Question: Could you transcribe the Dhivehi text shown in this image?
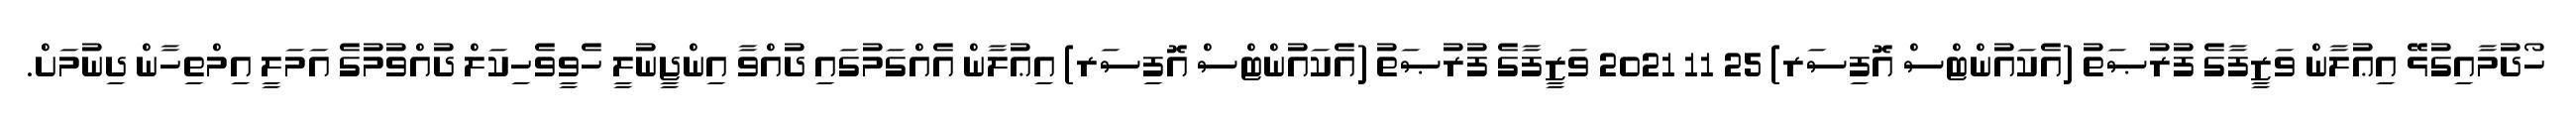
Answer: ހޯދުމާއިގުޅޭ އިޢުލާން ވަޒީފާގެ ފުރުޞަތު (އެކައުންޓްސް އޮފިސަރ) 25 11 2021 ވަޒީފާގެ ފުރުޞަތު (އެކައުންޓްސް އޮފިސަރ) އިޢުލާން އެއްގަމުގައި ދުއްވާ އިންޖީނުލީ ހެވީވެހިކަލް ދުއްވުމުގެ އަމަލީ އިމްތިހާން ދިނުމަށް.